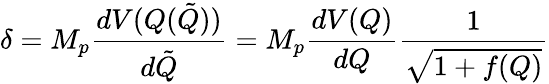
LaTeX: \delta=M_{p}\frac{dV(Q(\tilde{Q}))}{d\tilde{Q}}=M_{p}\frac{dV(Q)}{dQ}\frac{1}{\sqrt{1+f(Q)}}